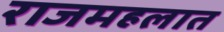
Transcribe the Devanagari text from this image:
राजमहलात